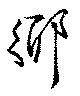
郷